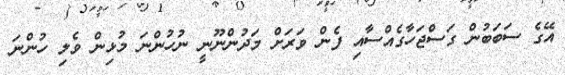
އޭގެ ސަބަބުން ގަސްޖަހާގެއްސާއި ފެން ވަރަށް މަދުންނޫނީ ނުހުންނަ މުޅިން ވެލި ހުންނަ